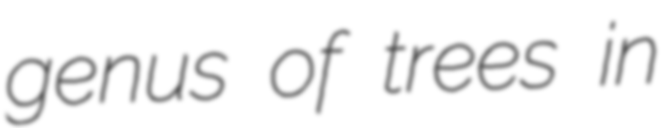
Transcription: genus of trees in